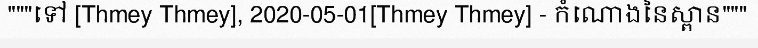
"""ទៅ [Thmey Thmey], 2020-05-01[Thmey Thmey] - កំណោងនៃស្ពាន"""